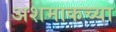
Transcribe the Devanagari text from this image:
अशमाकच्या